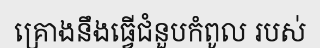
គ្រោងនឹងធ្វើជំនួបកំពូល របស់